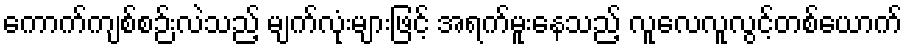
ကောက်ကျစ်စဉ်းလဲသည့် မျက်လုံးများဖြင့် အရက်မူးနေသည့် လူလေလူလွင့်တစ်ယောက်